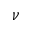
\nu